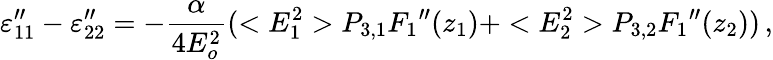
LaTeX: \varepsilon_{11}^{\prime\prime}-\varepsilon_{22}^{\prime\prime}=-{\frac{\alpha}{4E_{o}^{2}}}(<E_{1}^{2}>P_{3,1}{F_{1}}^{\prime\prime}(z_{1})+<E_{2}^{2}>P_{3,2}{F_{1}}^{\prime\prime}(z_{2}))\, ,